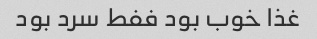
غذا خوب بود ففط سرد بود